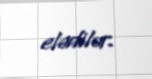
elədilər.